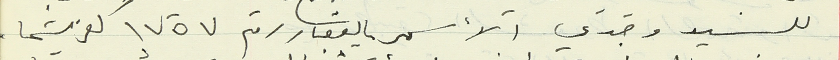
للسيد وجدي الأسمر العقار رقم ١٧٥٧ كفرشيما.